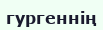
гургеннің